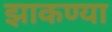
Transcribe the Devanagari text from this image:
झाकण्या